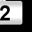
Digit: 2